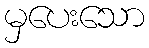
မှပေးသော